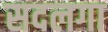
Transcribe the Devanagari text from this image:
सदलगा